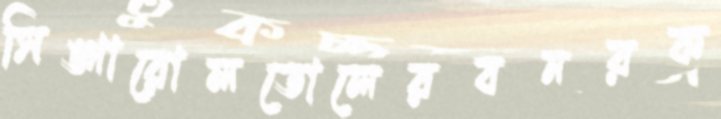
সিঙ্গারোলতোলেরবনরক